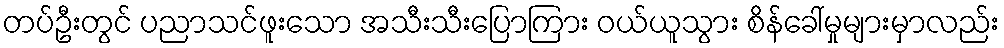
တပ်ဦးတွင် ပညာသင်ဖူးသော အသီးသီးပြောကြား ဝယ်ယူသွား စိန်ခေါ်မှုများမှာလည်း